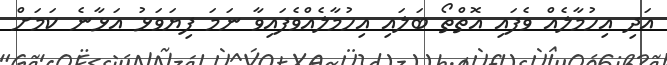
އަދި އިހުމާލެއް ވެފައި އޮތްތޯ ބަލައި އިހުމާލެއްވެފައިވާ ނަމަ ފިޔަވަޅު އަޅާނެ ކަމަށް